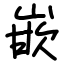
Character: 嵌